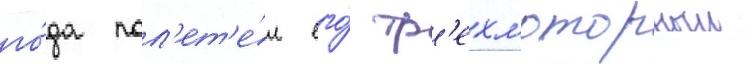
го́да пол'ет'е́л его́ тр'ехмоторныи